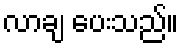
လာချ ပေးသည်။